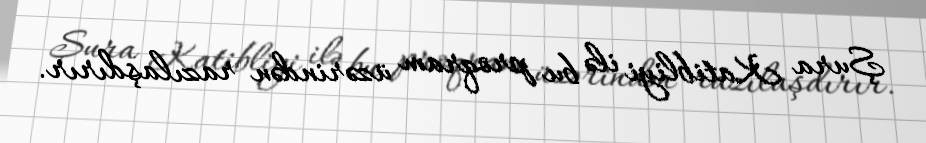
Şura Katibliyi ilə bu proqram üzərindən razılaşdırır.